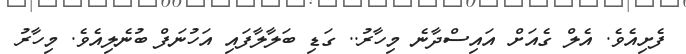
ފެށިއެވެ. އެލް ގެއަށް އައިސްދާނެ މިހާރު.. ގަޑި ބަލާލާފައި އަހުނަފް ބުނެލިއެވެ. މިހާރު